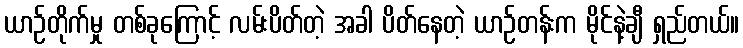
ယာဉ်တိုက်မှု တစ်ခုကြောင့် လမ်းပိတ်တဲ့ အခါ ပိတ်နေတဲ့ ယာဉ်တန်းက မိုင်နဲ့ချီ ရှည်တယ်။